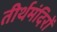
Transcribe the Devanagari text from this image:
तीर्थमंदिरों